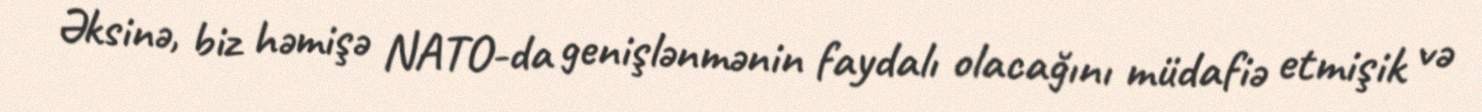
Əksinə, biz həmişə NATO-da genişlənmənin faydalı olacağını müdafiə etmişik və